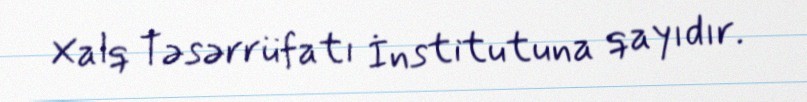
Xalq Təsərrüfatı İnstitutuna qayıdır.